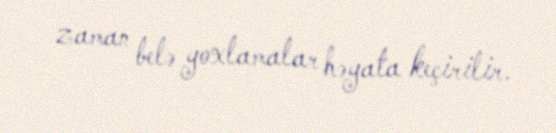
zaman belə yoxlamalar həyata keçirilir.